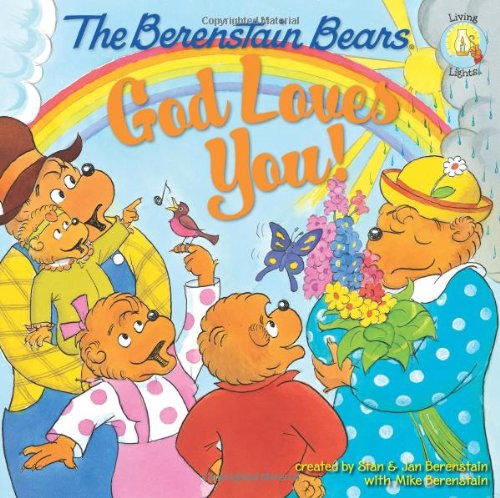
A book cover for The Berenstain Bears: God Loves You! (Berenstain Bears/Living Lights); Mike Berenstain; Children's Books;